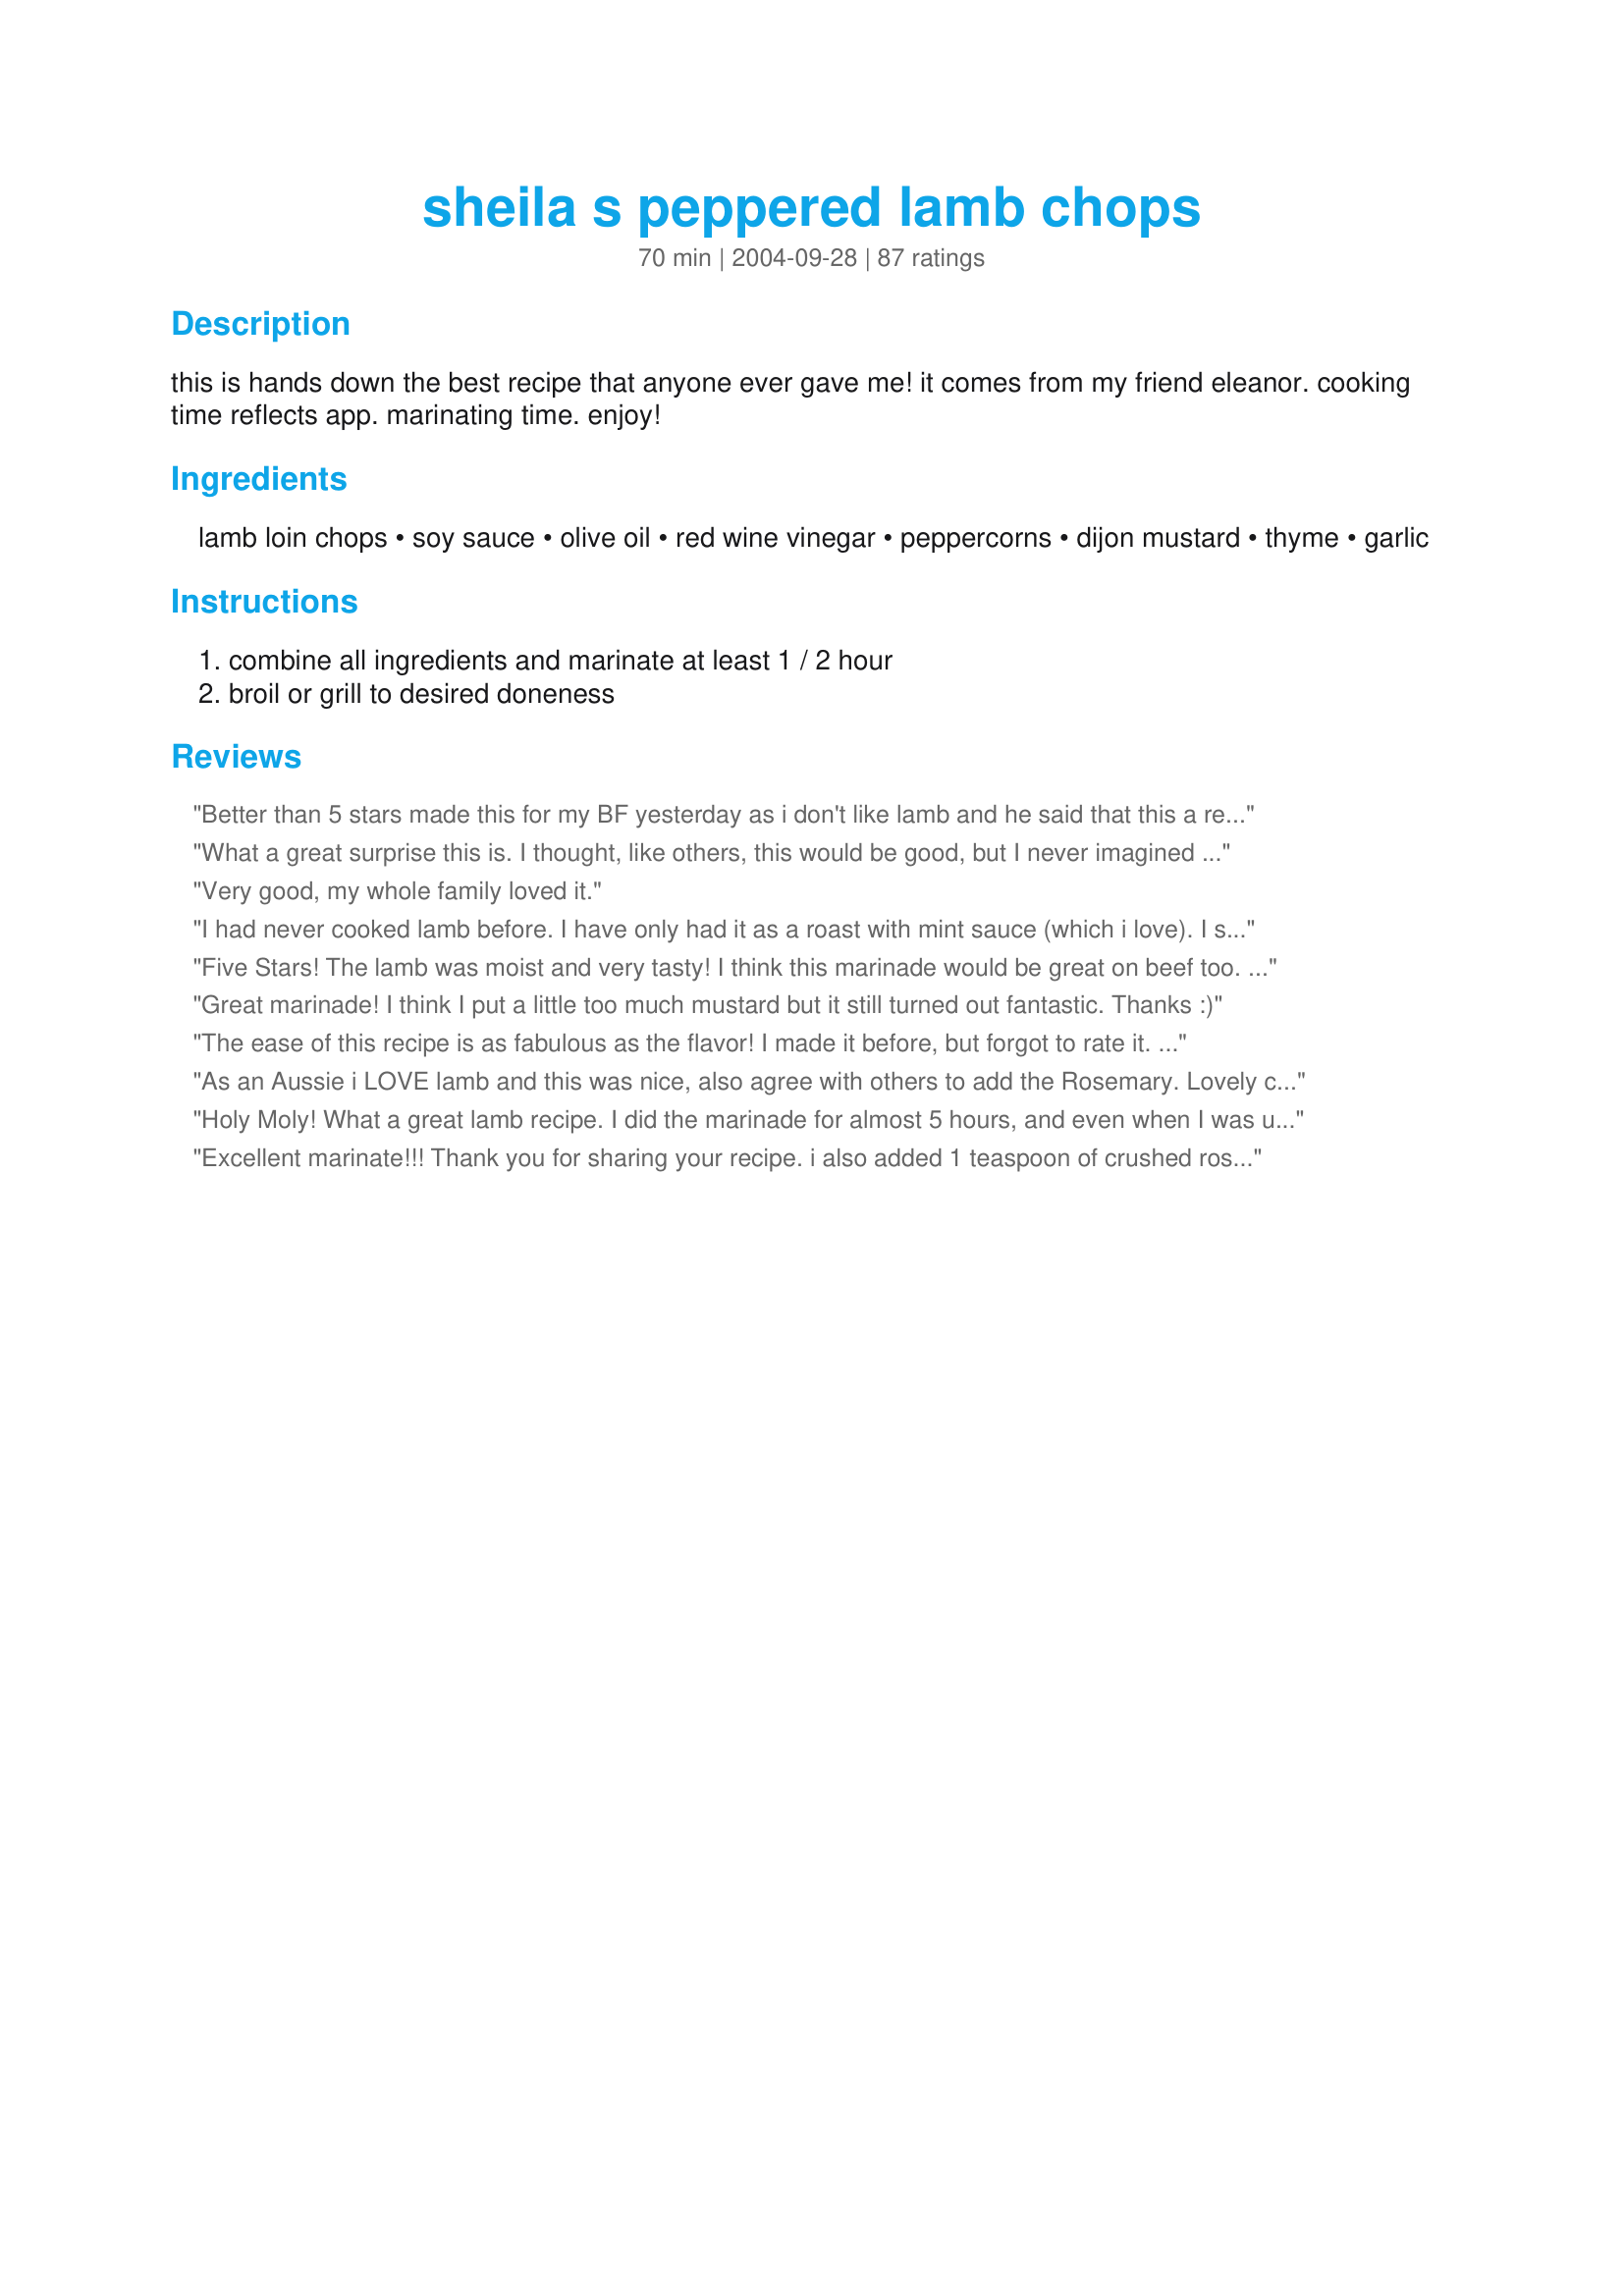
sheila s peppered lamb chops
Preparation time: 70 minutes

this is hands down the best recipe that anyone ever gave me! it comes from my friend eleanor. cooking time reflects app. marinating time. enjoy!

Ingredients:
lamb loin chops, soy sauce, olive oil, red wine vinegar, peppercorns, dijon mustard, thyme, garlic

Steps:
combine all ingredients and marinate at least 1 / 2 hour, broil or grill to desired doneness

Reviews:
Better than 5 stars made this for my BF yesterday as i don't like lamb and he said that this a really delicous lamb.I followed everything as written and cooked it under the broiler for 30 minutes.Thanks will be done money more times
What a great surprise this is. I thought, like others, this would be good, but I never imagined just how good! I will NEVER EVER do lamb chops any other way! Takes 2 minutes to throw the marinade together, and then I personally let them marinate for 2 hours. Cooked them under the broiler for about 4 minutes each side. I served it with creamy green beens and artichoke hearts which went really well. This is the absolute best recipe for lamb chops - seriously, MAKE THIS RECIPE!!!!
Very good, my whole family loved it.
I had never cooked lamb before. I have only had it as a roast with mint sauce (which i love). I saw it in the supermarket and was feeling adventureous. I broiled it until the internal temp was 140 degrees f. It was perfect! My husband said it was one of the best meals has ever eaten and definitely the best lamb he has had. Thank you mabers!!
Five Stars! The lamb was moist and very tasty! I think this marinade would be great on beef too. I'm gonna give it a try. Thanks for posting! This is definately a keeper.
Great marinade! I think I put a little too much mustard but it still turned out fantastic. Thanks :)
The ease of this recipe is as fabulous as the flavor! I made it before, but forgot to rate it. I did marinate the chops for about three hours, and sutstituted the same amount of crushed rosemary for the thyme. Yum! DH grilled them on the rare side and they were perfect for us. If you like lamb at all, you are going to be very pleased with these! Thank you for posting this exceptional recipe!
As an Aussie i LOVE lamb and this was nice, also agree with others to add the Rosemary. Lovely change to my favourite meat
Holy Moly! What a great lamb recipe. I did the marinade for almost 5 hours, and even when I was using the wrong edge of the knife, the meat just melted off. Fantastic! Thank you!

P.S. I used rosemary too, C'est magnifice!
Excellent marinate!!! Thank you for sharing your recipe. i also added 1 teaspoon of crushed rosemary.
Excellent! The soy sauce is really quite good in this. My own personal tastes: less soy sauce (1.5tbsp), more garlic, more pepper. Will definitely make it frequently.
&#12288;A delicious lamb recipe! I used white wine vineger and added some fresh rosemary to marinate. The lamb was very tender.Another great recipe for lamb. Thank you.
I made this recipe and it was wonderful! This was my first time preparing lamb and it truly was a success. My baby sister and boyfriend are usually my guinea pigs and they absolutely loved it. The chops were so juicy, tender and well seasoned. I will defiantly make this recipe again. Thanks for sharing this recipe with all of us. Cook and be blessed!
Marinated 6hrs. Broiled 6min ea side. Meat was juicy & flavourful! Definitely add the Rosemary as other users suggest
Delicious - made this with a rack of lamb that I marinated for about 5 hours. Then cooked in oven - it was so tender and tasty. Thanx for a great recipe.
This was my recipe choice for the first time our family has had Lamb and I must give it five stars since I got a positive response from a every member (currently seven) of our house hold. Amazing! Thanks for making our "first time for Lamb" experience a good one!
I followed the recipe as stated, and the lamb chops (on the grill) were outstanding! The only thing that I would change is the marinating time. I marinated the lamb for about 2 hours, but I think it needed more, maybe 4-5 hours. Obviously, the point is not to overtake the flavor of the lamb, but I think a longer marinating time would have added the right balance of flavors.
Like some others, I was a little nervous about marinating my lamb in soy sauce, but everything turned out wonderfully. The meal was so delicious my friends & I polished off a stack of 18 lamb chops! Thanks!
Delish! I love lamb, but usually add rosemary to my marinade. The thyme was a nice change of pace. I marinated mine for about 2 hours and then grilled them outdoors. Thanks for sharing this keeper, mabers. Made for P_A_R_T_Y event.
This was excellent! I didn't change a thing. Thanks so much.
i marinated this for a couple hours. started at 12pm and started to grill it at 8pm. came out good but i was surprised it didn't really have that much flavor. you can definately taste the meat in this dish. i guess i much prefer more flavor. but otherwise still good. thanks for sharing!
Very tasty chops! I marinated for a little over an hour and it was great. Thanks!
I really enjoyed these. Quick and easy to make, but oh so delicious. I followed the recipe to a T except I grilled mine instead of broiling. This is one to print out and keep. Thanks for posting!
I absolutely love these! Thank you!
The lamb chops were delicious. I made the recipe exactly except that I marinated all day. I didn't think there was going to be enough liquid to coat the 4 chops, and it was a little thin, but it seemed to do just fine. I broiled for 5 minutes on each side, and they were still pretty pink - too pink for DH. I'll probably make this again if I ever have loin chops again - they are very expensive, and the only reason I had them was because it was a manger's special of 4 chops for $8.23.
Amazing! So good and easy!
Delicious, easy, full five stars, couldn't be better!
Quick, easy, awesome. The cooking trifecta! I'm using this one again and again!
All I can say is WOW! I made this for my stepmom (who is an amazing cook) and she was thrilled. I marinated it for about 4 hours and my husband grilled it for about ten minutes. The only change I made was to use rosemary instead of thyme. AMAZING! Thank you so much for sharing!
I have never had lamb before, with the exception of a gyro. However, it was on sale so I bought some to try it. I found this recipe and I have to admit, I never expected it to be so good! Everyone loved it. I made it exactly as the recipe called for and was amazed at how juicy and tender the lamb was. Thanks so much for this great recipe!!
This was lovely. I did just marinate about 1/2 and hour and it really gave nice flavour. I didn't have any thyme so I used rosemary that I ground finer in my spice grinder. I love rosemary with lamb. I also love Dijon and garlic with lamb and this was a great way to get a subtle flavour into the meat. I cooked them in my cast iron pan, nicely browned. I can't imagine 1/2 and hour would make a difference to the tenderness, but some were shoulder chops and even they were nice and tender. I can imagine these would be even better over a grill. Simple and delicious! This goes in the "keeper" file!
Very good. Marinade tasted great and grilled up nicely. I have made a few times now and this will be a semi-regular recipe we make. I made per recipe and grilled as if I were making a steak. Turned out tender and tastey....
Have used this recipe many times over the years. Very good!!! Whenever my husband(who adores lamb chops) orders lamb chops at a restaurant, he says none are as good as these. Thanks for posting.
Amazing, what a treat. I bought fresh lamb chops at the local PCC market, made a greek salad w/ feta cheese on the side. Def. 5 stars.
This is my favorite marinade! I've used it for lamb chops twice and for steaks two times now. I love it and my kids can't get enough of the meat (steak or lamb!) whenever I use it. :) I've typically used balsamic vinegar as that's what I've had on hand and a touch less pepper so my young children don't turn their noses up. Thanks for sharing!
Here you go --- another 5 stars and it deserves it. I added the juice of 1/2 lemon and a little fresh rosemary only because I had some to use up. Excellent.
Delicious lamb chops, that are definately company worthy. 5 stars from all of us here!
Thankyou for a simple yet delicious variation on lamb. I cooked it for my son and hubby last night and for the first time in months my son went back for seconds. I'm going to do this one again for Christmas lunch Ausie style. Cheers!!!
Really nice recipe. I think next time I'll let it marinate for several hours and allow the yummy sauce to really sink in. I also like the previous suggestions to add rosemary. Thanks for posting!
Good recipe. I broiled lamb chops for 20 mins on one side and another 5 on the other @ 350 degrees. They came out moist and flavorful. Served with quinoa and a goat cheese salad, it made a tasty supper.
These turned out wonderful! I didn't have red wine vinegar, so I used balsamic. My boyfriend loved them! I didn't think that I liked lamb, but these were great!
What can be easier and taste better? Absolutely delicious! Bergy's helpful hints to broil 6" from element and 8 minutes per side made the recipe foolproof. We're hooked now. Thanks! Just an additional add-on--I have tried about 150 recipes now from Recipezaar. This one is my favorite.
I probably overxooked it, but it had a good flavor.
Made as directed. Fabulous, fabulous, fabulous!! I loved that the marinade was simple, fast, easy and made from things I had in my cupboard. Thanks so much.
Great marinade! The weather decided we shouldn't grill, so we baked these in the oven - still very good and so lovely and tender. Thank you for the recipe, mabers!
Easy and yummy, I added a bit of red wine and rosemary to the marinade.
I love Lamb This is a wonderfull. What a great tasting dish! I cooked this in a slow cooker about 4 hours on slow, I placed sliced onions on the bottom then the chops and covered them with the marinade It turned out great. UPDATE I made this in the winter with snow on the ground so no grill available, I made this last night on the grill best lamb chops I have ever eaten I marinated 4 hours you have to try this one!!!!!!
I should have reviewed this delicious recipe long ago. I have already made it several times, including Easter lunch for eight picky adults and innumerable children. It was loved by all. Not having access to a grill or broiler, I cooked the chops in a large dry frying pan with great success. Thank you so much for this keeper.
This is a great recipe. It was the first time I have ever prepared lamb chops for myself and was a bit worried because lamb is quite expensive in my area to be experimenting with but these came out tender and juicy with great flavor! I marinated them for about an hour. Thanks for the recipe! I can't wait to try them on the grill.
Wonderful recipe. I can't wait to make this again.
Awesome recipe made exactly as the recipe states! So glad to have this to add to my favorites! We enjoyed every mouthful. So tender and juicy and such a nice blend of flavors in the marinade. We can't wait to have them again! Next time I may add some rosemary, as it goes so well with lamb. Thank you for sharing with us!
Wow!! You could definitely find this on the menu at a 4 Star Restaurant. I am somewhat new to Lamb as this was the third time I had ever eaten it and the first time I have ever cooked it. I cooked it over a charcoal fire with 1 piece of hickory wood to add to the flavor. The only thing I changed to the recipe was to add dried rosemary to the marinade (2 tsp). An awesome paring to this meal was a recipe I created tonight, Roasted red potatoes and Yam's. Went awesome with the Lamb, Sweet & Savory.
I have never cooked lamb chops but they were on sale at the Supermarket that week and I wanted something different. Sunday morning while thinking about Sunday dinner I called my friend and asked her what should I do with these lamb chops? She went onto recipezaar and found this recipe and gave my ingredients over the phone. I dropped everything into a ziplock bag, through in the lamb chops and marinated until the evening. I cooked them on my stovetop grill and these lamb chops were slamming!!! My girlfriend and I were laughing as she was reading the reviews. We were like, "these lamb chops can't be that good, their taking it too far; but they really were!! I added dried rosemary to marinade, just fabulous. Anyway, now here I am adding to they rave reviews. Try it, you'll definitely enjoy them.
This is a wonderful recipe. I substituted white wine vinear because it was in the cupboard. I will definately make this again.
This is an AMAZING recipe. I am definately not a lamb fan, but will make it every once in awhile because my honey loves it. We have this really fancy steakhouse in town where he ALWAYS order the lamb chops because, "They make the best!" After he tried these, he told me that mine were even better! That was the nicest thing he has ever said about my cooking! Thanks Mabers for changing my outlook on lamb, I will definately be making this more often!
Loved it! I marinated for the whole day and it turned out excellent!!! I did add a little chopped rosemary to the mix.. Yumm!
This recipe is delicious. Will be making again definitely. thanks for posting
Very good marinade - I used a lamb neck fillet and cooked it on the BBQ. It came out tender and very tasty. I also put in rosemary in addition to the thyme, as other reviewers suggested, as well as balsamic as I had no red wine vinegar.
Absolutely beautiful that&#039;s what my husband said. It was so easy to make and delicious. Thank you for sharing your recipe. It&#039;s now on my weekly menu planner.
Delicious! This goes into my regular rotation!
Absolutely lovely, wonderful flavours, with tender jucy meat. I used french trimmed lamb chops as that is what I had on hand, so I did cut back on cooking time. I too was skeptical of using soy sauce but it did not overpower the lamb at all, and all the flavours, used in the marinade worked really well together. The end result was gorgeous and this will become a regular on our table. Thanks for sharing mabers, definitely a great recipe.
FAB-U-LOUS! I ended up marinating overnight due to unexpected dinner plans and turned out perfect, the flavors weren't too overpowering. The chops were tender, juicy and so flavorful. I agree with Chef Wahoo....4 star restaurant quality all the way! This is a keeper.
I thought I had the best lamb recipe already(orange lamb chops) however this now has the top spot. Made for New years day brunch and myself and my family were licking our plates! Cant wait to make again!!
Oh-My-Goodness!!! This was absolutely wonderful! My kids rated it"Super-Yum"
This is an awesome marinade. I usually use dried rosemary instead of the thyme. A hundred thumbs up!
 This is a very special lamb chop recipe! I was quite hesitant to use soy with lamb but I followed the recipe and it was delicious. I broiled the chops about 6" from the element and gave them 8 minutes each side. Perfect just pink in the middle Thank ypu Mabers for a recipe that enhances the lamb flavor not steal it away
I just had less then a couple of hours to marinate the lamb and I knew I would be using the broiler, so I wasn&#039;t sure how they would turn out. I made the marinade exactly to the recipe. They were wonderful!! What a great recipe! I eat a lot of lamb and these were some of the best I have had! Definitely company worthy - I will be making them again. Thanks for a real keeper - it&#039;s in my cookbook now!
Really liked this marinade. I found it was enough to do 8 small loin chops. I used garlic flavoured tamari instead of soya sauce, marinated for about 6 hours and BBQ'ed. Thanks mabers.
I had never had lamb before getting married, and this is one of the first recipes I tried. Fantastic. I have tried several recipes since, but the way all of this works with the flavors of the lamb is just perfect. I prefer a stronger marinade flavor so I tend to mix the marinade and place the meat in it before I leave for work, then cook it for dinner when I get home. I have also noticed that red wine substitutes well for the red wine vinegar when I am out of r.w.v.
What more is there to say!!! Yummy & so easy to make. Lovely summer fare with a tossed salad & potatoes or comfort food with baked potatoes & steamed veggies in winter. :)
AWESOME! That's all I can say. Perfect marinade for lamb.
Oh yes, this recipe is a perfect 10; I almost think lamb chops should never be cooked any other way; I know I won't be cooking them any other way!!!! Thanks!!!!
Delicious. I added two cloves of garlic instead of the one and I didn't have thyme so I added basil since I had that on hand. A hit. I marinated for one hour instead of the half hour.
I made this exactly as written and it was pretty good-I think more mustard, vinegar, and garlic would make it 5 stars-I'll try this next time. Thanks for a good recipe.
I marinated it for 2hours, add and extra 1/8 tsp of thyme, do it on pan-fried; my boyfriend said it is so yummy and asking for the next time before he finished the dish.
I'm not a big fan of lamb because of the gamey flavor. However, hubby likes it, so I cook it sometimes. I had about a 1 pound part of a lamb roast and sliced it into steaks then marinated in this. Then I grilled them on a dry stove-top griddle with high heat. Wow! This marinade turned that yukky meat into some succulent heaven. This is certainly a keeper of a recipe. It totally changed the flavor of the meat - totally removed all that gaminess and transformed it into sweet deliciousness.
Delicious! I used rosemary instead of thyme, as that's what I had on hand. Came out great! My chops were on the thick side so I did 8 mins. on each side and they came out perfectly pink and just the way we like them. This is an extra special recipe and one I will treasure. Thanks!
Excellent thank you mabers. I doubled the marinade for 20 very tiny lamb cutlets, massaging it in well. I have had this in my cookbook since you put it on here, and I guess the soy sauce was what didn't grab me initially, but this marinade works so well with lamb, I'll be making it again really soon!
Unbelievable. DH says, "really, really good" about once a decade, so you KNOW it's a winner! This is one of those dishes where you don't taste the marinade; you just are amazed at the succulent meat. I broiled in my cast iron pan; such an easy dish to prepare, and fast to cook! Make sure you brush off the peppercorns for the little people, or they will get prejudiced against this dish real fast.
Better than 5 stars!! This is also the first time for me cooking lamb. I followed the recipe to a T. The chops that I purchased had rosemary sprinkled on them. I barbequed the chops for approx. 5 min (2.5 min per side) at 400 degrees. I also marinated them for a couple of hours giving them lots of flavour. I can't wait to serve this to company. The entire family loved them and DH has said more than once since we finished dinner how much he enjoyed this recipe.
I have forgotten to review this..This is really delicious. I used balsamic vinegar since that is all I had on hand and tossed in some fresh rosemary and extra garlic. Would make this again.
We really enjoyed these lamb chops. I doubled the recipe (I had 8 loin chops), and added extra garlic. I marinated for 10 hours before grilling. They got a kind of peppery "crust" on the outside and stayed moist and juicy inside. I will use this recipe again. Thanx for posting it!
delicious! Used it for lamb sirloin chops, left out the mustard - it was still wonderful
Great lamb recipe that we all enjoyed very much!
What a wonderful, flavorful, and easy recipe, that we ABSOLUTELY LOVED and saviored on Easter Sunday!! I made a few modifcations in ingredients and cooking method. I used rosemary instead of thyme, and minced garlic in the jar instead of fresh. I put 2 tablespoons EVOO in cast iron skillet on medium high, and seared the chops for about a minute on each side. Then I transfered the chops in the skillet to the oven set on broil. I followed other reviews that said they put the oven rack 6 inches from the heating element. I broiled the chops for 4 minutes. Removed from oven and let rest for 10 minutes. It came out about medium doness, which is exactly what we like.. Not to pink! Then I served with sour cream mash potatoes, oven rosasted corn on the cob and dinner rolls! It was one of the best Easter dinners I've ever made, and we LOVED IT! Thanks for sharing....
mabers, this marinade was so YUMMY! I added more garlic and fresh rosemary and frsh thyme. I also pierced the chops to help the marinade along since I only had 4 hrs til time to cook. The chops were so moist and flavorful. The marinade was so quick to pull together. Next time I will allow more time so the marinade can really soak into the meat.
Absolutely delicious, quick and easy and tastes great.
Will definitely make this again.
